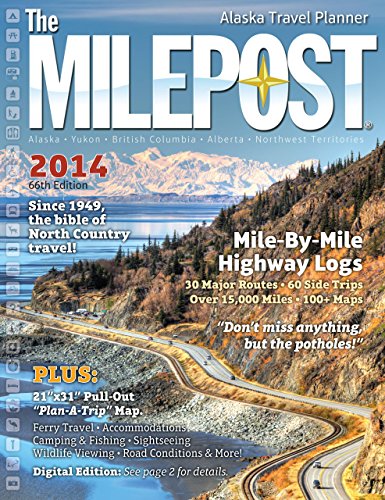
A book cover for The Milepost 2014; Travel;